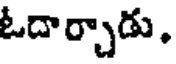
ఓదార్చాడు.